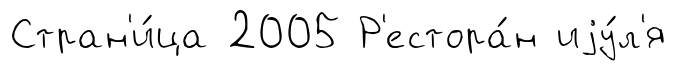
Стран'и́ца 2005 Р'естора́н иjу́л'я